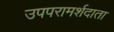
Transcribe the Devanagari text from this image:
उपपरामर्शदाता